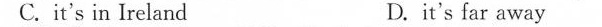
C.it's in Ireland D.it's far away